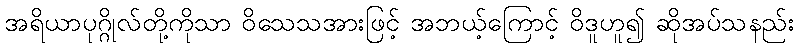
အရိယာပုဂ္ဂိုလ်တို့ကိုသာ ဝိသေသအားဖြင့် အဘယ့်ကြောင့် ဝိဒူဟူ၍ ဆိုအပ်သနည်း